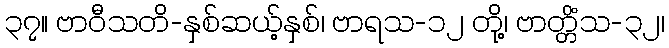
၃၇။ ဗာဝီသတိ-နှစ်ဆယ့်နှစ်၊ ဗာရသ-၁၂ တို့၊ ဗာတ္တိံသ-၃၂၊